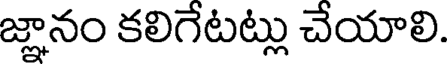
జ్ఞానం కలిగేటట్లు చేయాలి.